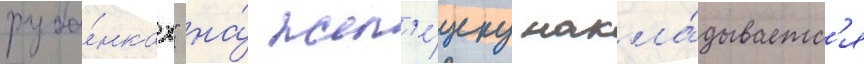
руба́нках" на́ жел'е́зку накла́дываетс'я